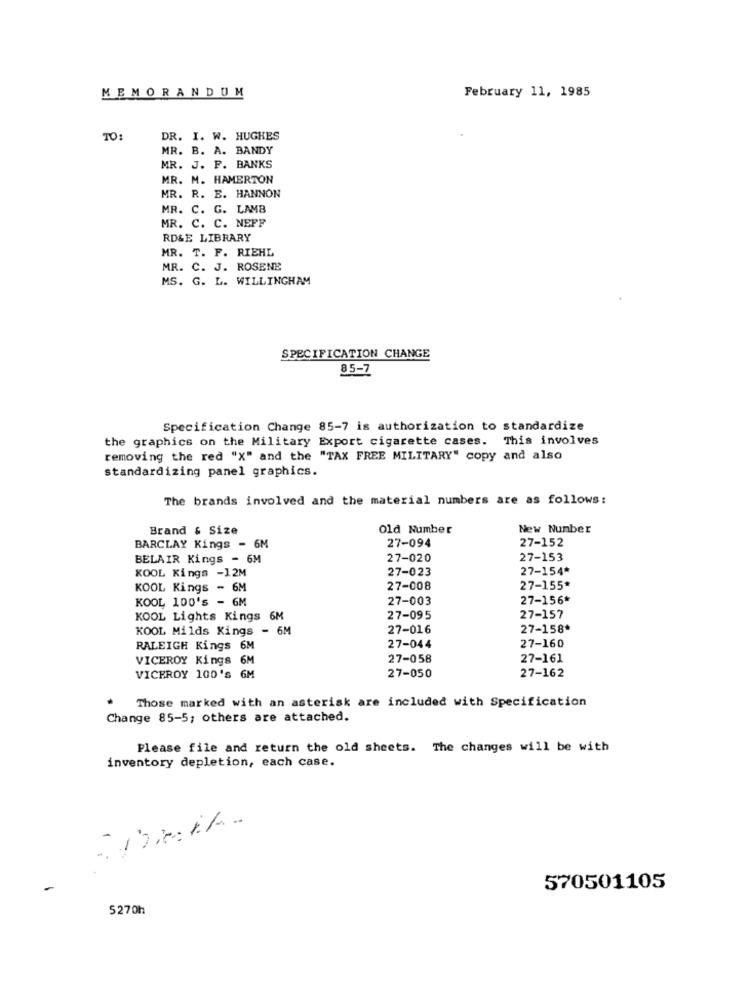
MEMORANDUM
February 11, 1985
TO:
DR. I. W. HUGHES
MR. B. A. BANDY
MR. J. P. BANKS
MR. M. HAMERTON
MR. R. E. HANNON
MR. C. G. LAMB
MR. C. C. NEPF
RD&E LIBRARY
MR. T. F. RIEHL
MR. C. J. ROSENE
MS. G. L. WILLINGHAM
SPECIFICATION CHANGE
85-7
Specification Change 85-7 is authorization to standardize
the graphics on the Military Export cigarette cases. This involves
removing the red "X" and the "TAX FREE MILITARY" copy and also
standardizing panel graphics.
The brands involved and the material numbers are as follows:
Brand & Size
Old Number
New Number
27-094
27-152
BARCLAY Kings - 6M
BELAIR Kings - 6M
27-020
27-153
27-023
27-154*
KOOL Kings -12M
KOOL Kings - 6M
27-008
27-155*
KOOL 100's - 6M
27-003
27-156*
KOOL Lights Kings 6M
27-095
27-157
KOOL Milds Kings - 6M
27-016
27-158*
RALEIGH Kings 6M
27-044
27-160
VICEROY Kings 6M
27-058
27-161
27-162
VICEROY 100's 6M
27-050
Those marked with an asterisk are included with Specification
Change 85-5; others are attached.
Please file and return the old sheets. The changes will be with
inventory depletion, each case.
570501105
5270h